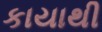
કાયાથી